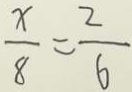
\frac { x } { 8 } = \frac { 2 } { 6 }